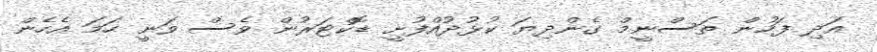
އަދި ފަހުން ތަސްނީމް ގެންދިޔަ ކުޅުދުއްފުށީ ޑޮކްޓަރުން ވެސް ވަނީ ހަމަ އެހެން